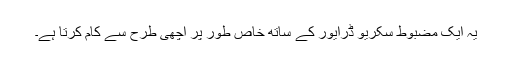
یہ ایک مضبوط سکریو ڈرایور کے ساتھ خاص طور پر اچھی طرح سے کام کرتا ہے۔